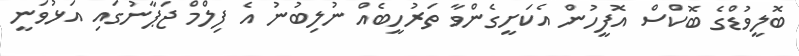
ބޮލީވުޑްގެ ބޮކްސް އޮފީހުން އެކަށީގެންވާ ތަރުހީބެއް ނުލިބުނު އެ ފިލްމް ޖަޕާނުގައި އަޅުވަނީ